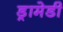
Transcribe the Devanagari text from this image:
ड्रामेडी